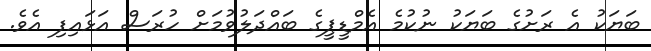
ބަޔަކު އެ ރަށުގެ ބަޔަކު ނުކުމެ އެމްޑީޕީގެ ބައްދަލުވުމަށް ހުރަސް އަޅައިފި އެވެ.